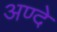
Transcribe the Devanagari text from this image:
अण्दे